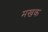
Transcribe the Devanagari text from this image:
मखक